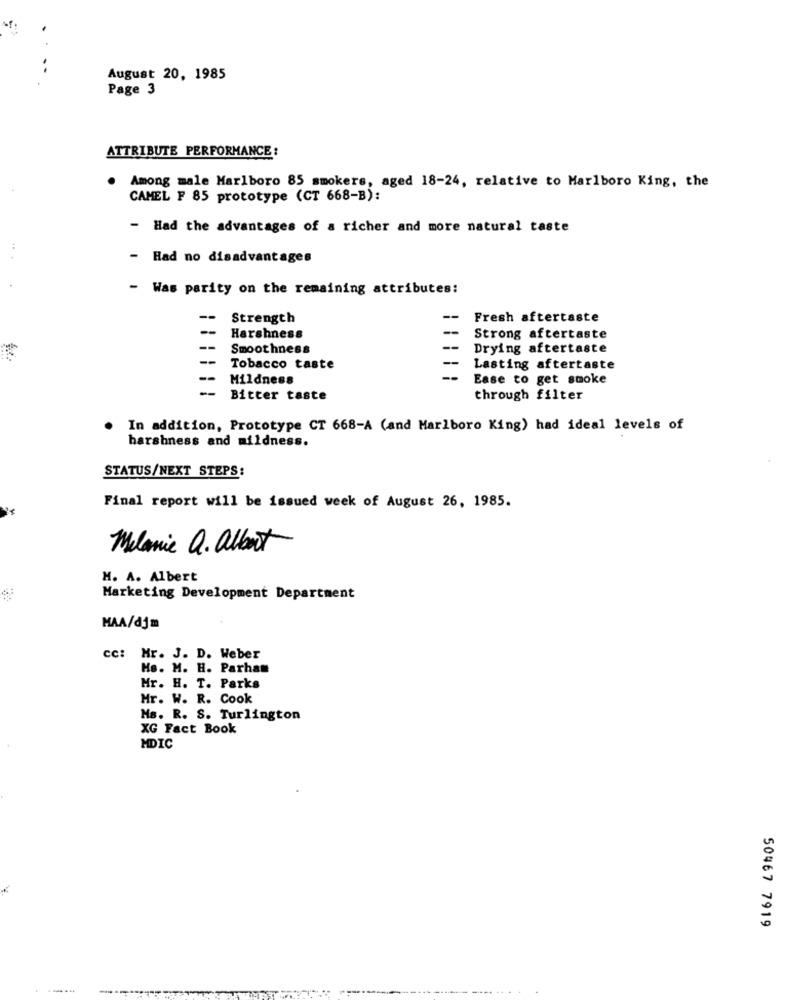
..
August 20, 1985
Page 3
ATTRIBUTE PERFORMANCE:
Among male Marlboro 85 smokers, aged 18-24, relative to Marlboro King, the
CAMEL F 85 prototype (CT 668-B):
- Had the advantages of a richer and more natural taste
- Had no disadvantages
- Was parity on the remaining attributes:
--
Strength
--
Fresh aftertaste
--
-
Harshness
Strong aftertaste
--
Smoothness
Drying aftertaste
Tobacco taste
Lasting aftertaste
--
Mildness
Ease to get smoke
Bitter taste
through filter
In addition, Prototype CT 668-A (and Marlboro King) had ideal levels of
harshness and mildness.
STATUS/NEXT STEPS:
Final report will be issued week of August 26, 1985.
Melanie Q. albert
M. A. Albert
Marketing Development Department
MAA/djm
cc: Mr. J. D. Weber
Hs. M. H. Parhan
Hr. H. T. Parks
Hr. W. R. Cook
Ms. R. S. Turlington
XG Fact Book
MDIC
50467 7919
----